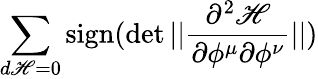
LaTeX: \sum_{d\mathscr{H}=0}\mathrm{{sign}}(\operatorname*{det}||{\frac{{\partial^{2}\mathscr{H}}}{{\partial\phi^{\mu}\partial\phi^{\nu}}}}||)